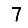
Digit: 7